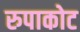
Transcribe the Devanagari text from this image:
रुपाकोट